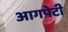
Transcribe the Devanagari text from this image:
आगपेटी